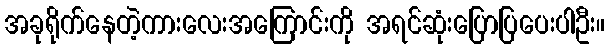
အခုရိုက်နေတဲ့ကားလေးအကြောင်းကို အရင်ဆုံးပြောပြပေးပါဦး။